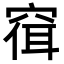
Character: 𫁓